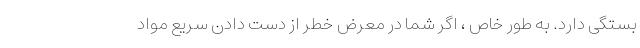
بستگی دارد. به طور خاص ، اگر شما در معرض خطر از دست دادن سریع مواد